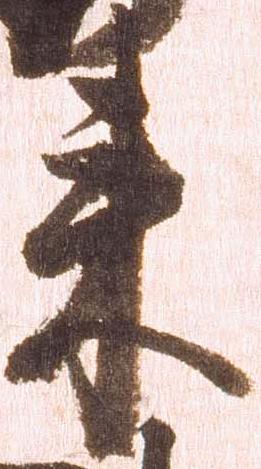
来